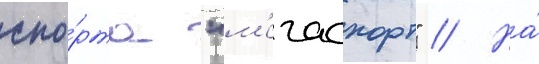
спо́рта "м'егаспорт" // На́